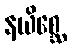
နယိစ္ဆေ